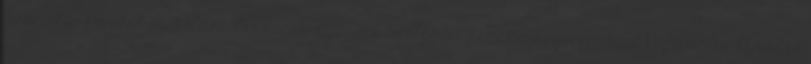
Szociális Hivatal Mobilitás Országos Ifjúsági Szolgálat Észak-magyarországi Regionális Ifjúsági